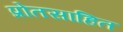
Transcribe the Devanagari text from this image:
प्रोतसाहित